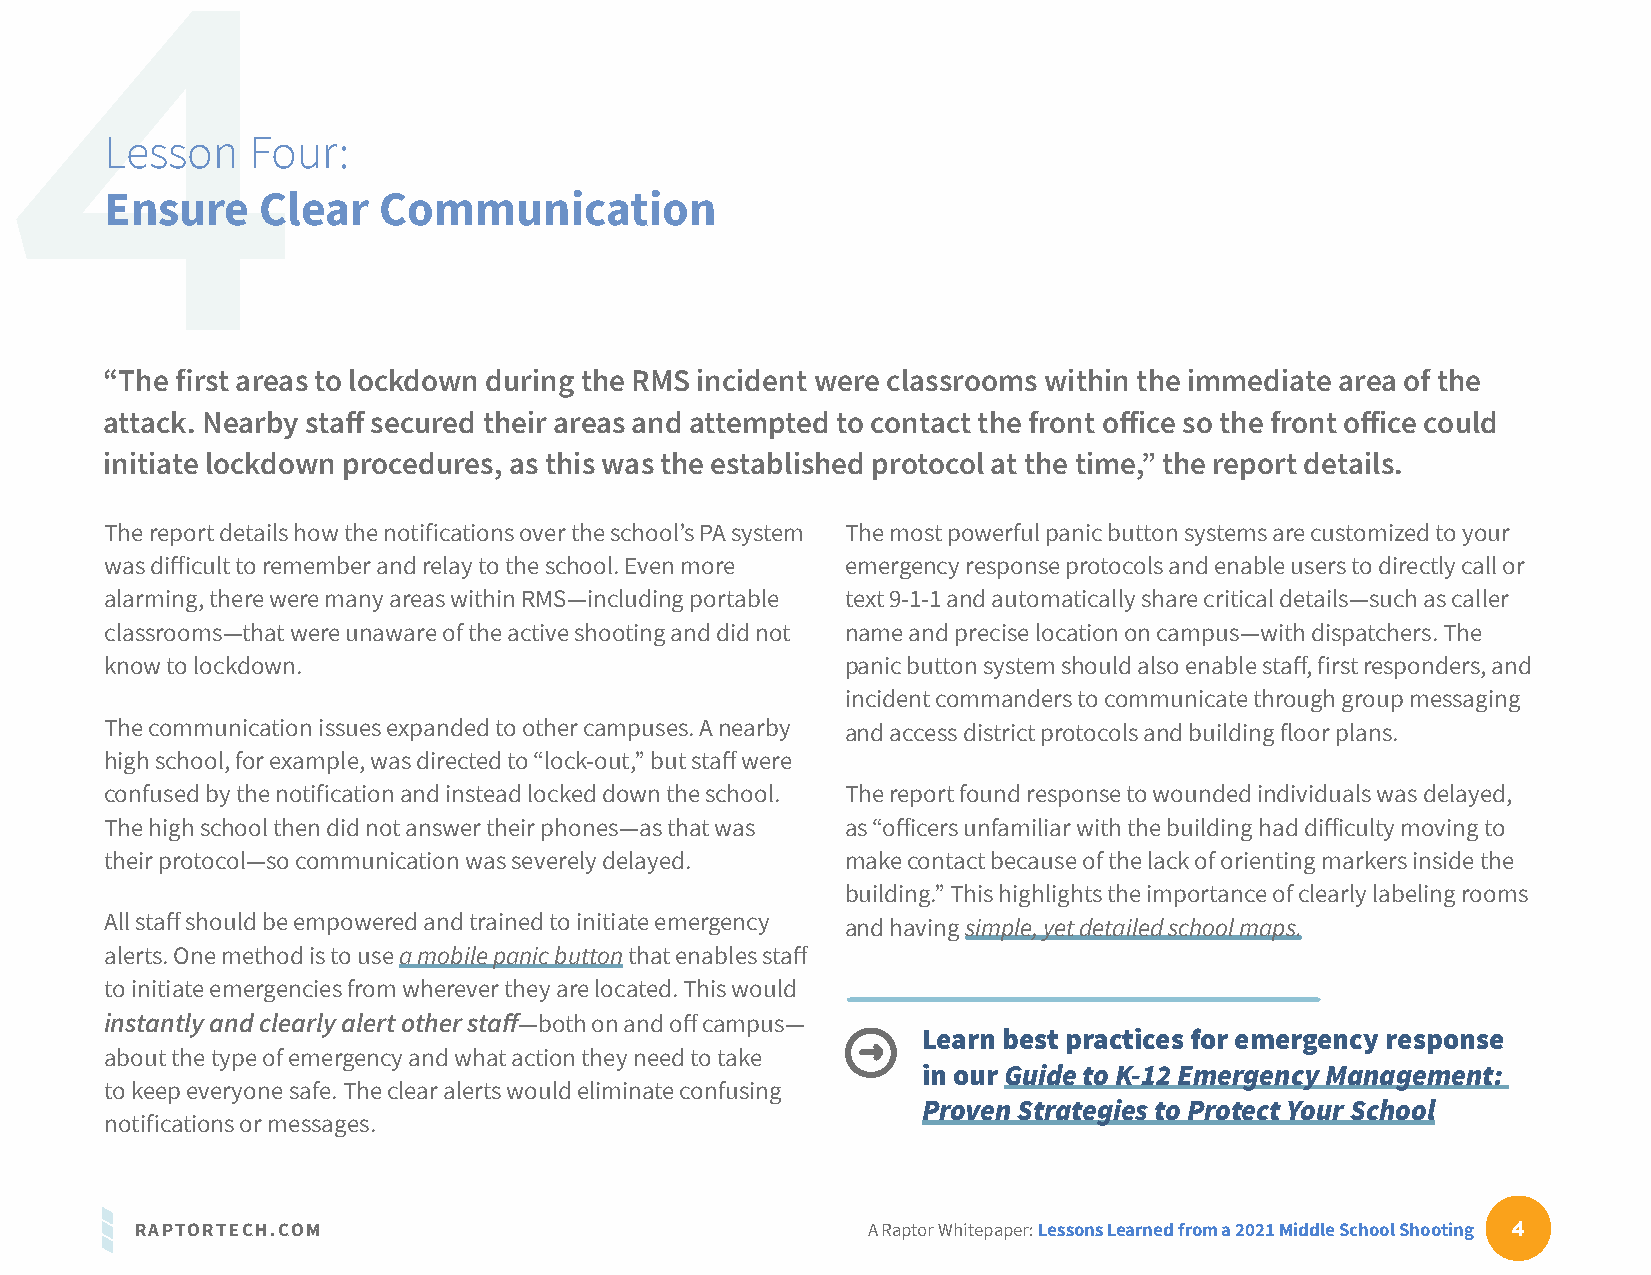
4
 Lesson   Four:
 Ensure    Clear   Communication
 “The first areas to lockdown during the RMS incident were classrooms within the immediate area of the
 attack. Nearby staff secured their areas and attempted to contact the front office so the front office could
 initiate lockdown procedures, as this was the established protocol at the time,” the report details.
 The report details how the notifications over the school’s PA system The most powerful panic button systems are customized to your
 was difficult to remember and relay to the school. Even more emergency response protocols and enable users to directly call or
 alarming, there were many areas within RMS—including portable text 9-1-1 and automatically share critical details—such as caller
 classrooms—that were unaware of the active shooting and did not name and precise location on campus—with dispatchers. The
 know to lockdown.                                panic button system should also enable staff, first responders, and
 incident commanders to communicate through group messaging
 The communication issues expanded to other campuses. A nearby and access district protocols and building floor plans.
 high school, for example, was directed to “lock-out,” but staff were
 confused by the notification and instead locked down the school. The report found response to wounded individuals was delayed,
 The high school then did not answer their phones—as that was as “officers unfamiliar with the building had difficulty moving to
 their protocol—so communication was severely delayed. make contact because of the lack of orienting markers inside the
 building.” This highlights the importance of clearly labeling rooms
 All staff should be empowered and trained to initiate emergency and having simple, yet detailed school maps.
 alerts. One method is to use a mobile panic button that enables staff
 to initiate emergencies from wherever they are located. This would
 instantly and clearly alert other staff—both on and off campus—
 Learn best practices for emergency response
 about the type of emergency and what action they need to take
 in our Guide to K-12 Emergency Management:
 to keep everyone safe. The clear alerts would eliminate confusing
 Proven Strategies to Protect Your School
 notifications or messages.
 RAPTORTECH.COM                                  A Raptor Whitepaper: Lessons Learned from a 2021 Middle School Shooting 4